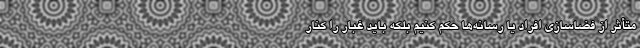
متأثر از فضاسازی افراد یا رسانه‌ها حکم کنیم بلکه باید غبار را کنار